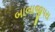
બાબાજીપરા